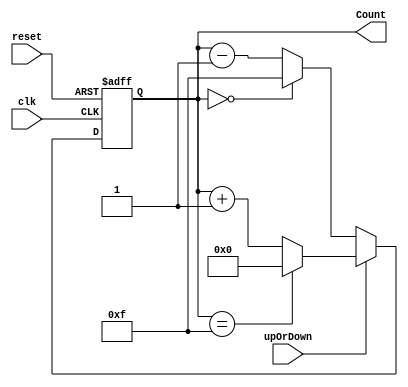
`timescale 1ns / 1ps

 module up_down_counter(
    clk,
    reset,
    upOrDown, 
    Count
    );
    input clk,reset,upOrDown;
    output [3 : 0] Count;
    reg [3 : 0] Count = 0;  
    
     always @(posedge(clk) or posedge(reset))
     begin
        if(reset == 1) 
            Count <= 0;
        else    
            if(upOrDown == 1)   
                if(Count == 15)
                    Count <= 0;
                else
                    Count <= Count + 1; 
            else  
                if(Count == 0)
                    Count <= 15;
                else
                    Count <= Count - 1; 
     end    
    
endmodule